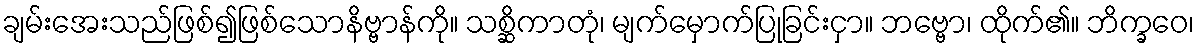
ချမ်းအေးသည်ဖြစ်၍ဖြစ်သောနိဗ္ဗာန်ကို။ သစ္ဆိကာတုံ၊ မျက်မှောက်ပြုခြင်းငှာ။ ဘဗ္ဗော၊ ထိုက်၏။ ဘိက္ခဝေ၊